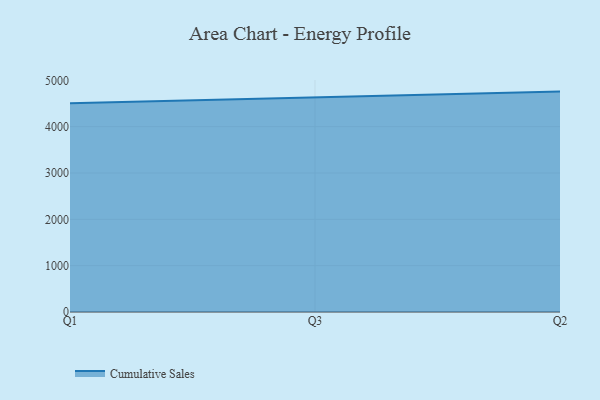
{"axis": {"x": "Quarter", "y": "Demand Index"}, "legend": ["Cumulative Sales"], "data": [{"x": "Q1", "y": 4504.2, "type": "Cumulative Sales"}, {"x": "Q3", "y": 4631.4, "type": "Cumulative Sales"}, {"x": "Q2", "y": 4756.4, "type": "Cumulative Sales"}]}